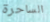
الساحرة